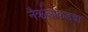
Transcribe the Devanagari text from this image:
नैऋत्येकडचा